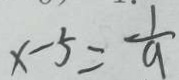
x - 5 = \frac { 1 } { a }